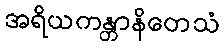
အရိယကန္တာနိတေသံ